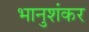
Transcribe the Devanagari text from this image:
भानुशंकर